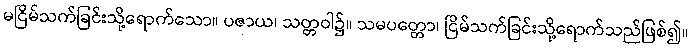
မငြိမ်သက်ခြင်းသို့ရောက်သော။ ပဇာယ၊ သတ္တဝါ၌။ သမပတ္တော၊ ငြိမ်သက်ခြင်းသို့ရောက်သည်ဖြစ်၍။